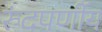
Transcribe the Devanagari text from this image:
रुंदपर्णीय